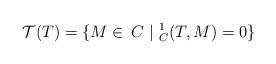
LaTeX: \begin{align*} \mathcal{T}(T)=\{M\in\mathop{}C~|~ _C^{1}(T,M)=0\} \end{align*}